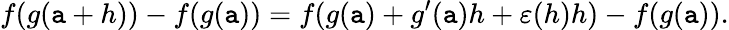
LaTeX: f(g(\mathtt{a}+h))-f(g(\mathtt{a}))=f(g(\mathtt{a})+g^{\prime}(\mathtt{a})h+\varepsilon(h)h)-f(g(\mathtt{a})).